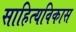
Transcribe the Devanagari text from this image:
साहित्यविकास